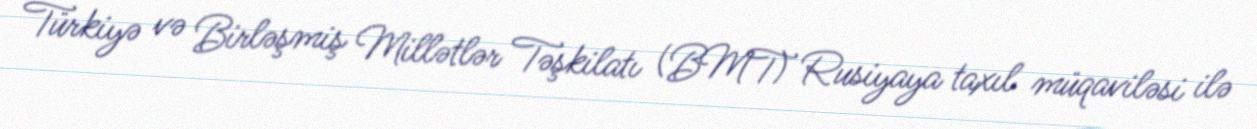
Türkiyə və Birləşmiş Millətlər Təşkilatı (BMT) Rusiyaya taxıl müqaviləsi ilə